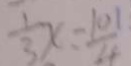
\frac { 1 } { 3 } x = \frac { 1 0 1 } { 4 }